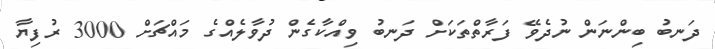
ދަނބު ބިންނަން ނުދެވޭ ފަރާތްތަކަށް ދަނބު ވިއްކާގެން ދުވާލެއްގެ މައްޗަށް 3000 ރުފިޔާ